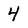
Character: 4